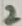
Text: 2